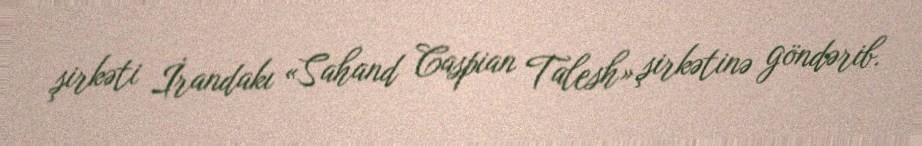
şirkəti İrandakı «Sahand Caspian Talesh» şirkətinə göndərib.